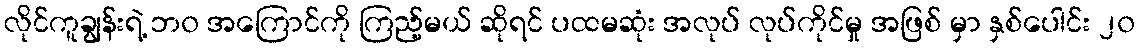
လိုင်ကူချွန်းရဲ့ ဘ၀ အကြောင်ကို ကြည့်မယ် ဆိုရင် ပထမဆုံး အလုပ် လုပ်ကိုင်မှု အဖြစ် မှာ နှစ်ပေါင်း ၂၀